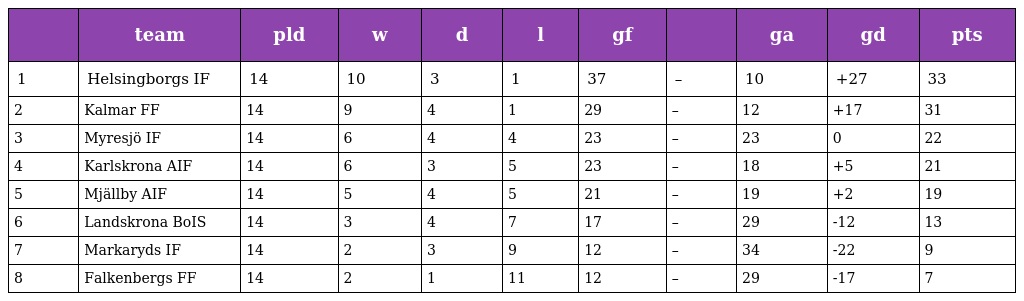
|  | team | pld | w | d | l | gf |  | ga | gd | pts |
 | --- | --- | --- | --- | --- | --- | --- | --- | --- | --- | --- |
 | 1 | Helsingborgs IF | 14 | 10 | 3 | 1 | 37 | – | 10 | +27 | 33 |
 | 2 | Kalmar FF | 14 | 9 | 4 | 1 | 29 | – | 12 | +17 | 31 |
 | 3 | Myresjö IF | 14 | 6 | 4 | 4 | 23 | – | 23 | 0 | 22 |
 | 4 | Karlskrona AIF | 14 | 6 | 3 | 5 | 23 | – | 18 | +5 | 21 |
 | 5 | Mjällby AIF | 14 | 5 | 4 | 5 | 21 | – | 19 | +2 | 19 |
 | 6 | Landskrona BoIS | 14 | 3 | 4 | 7 | 17 | – | 29 | -12 | 13 |
 | 7 | Markaryds IF | 14 | 2 | 3 | 9 | 12 | – | 34 | -22 | 9 |
 | 8 | Falkenbergs FF | 14 | 2 | 1 | 11 | 12 | – | 29 | -17 | 7 |